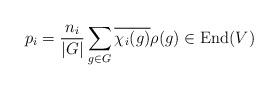
LaTeX: \begin{align*}p_i = \frac{n_i}{|G|} \sum_{g\in G}\overline{\chi_i (g)}\rho (g) \in {\rm End}(V)\end{align*}